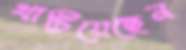
খাটিয়েছেন